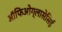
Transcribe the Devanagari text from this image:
ऑफिओग्लासेसिई